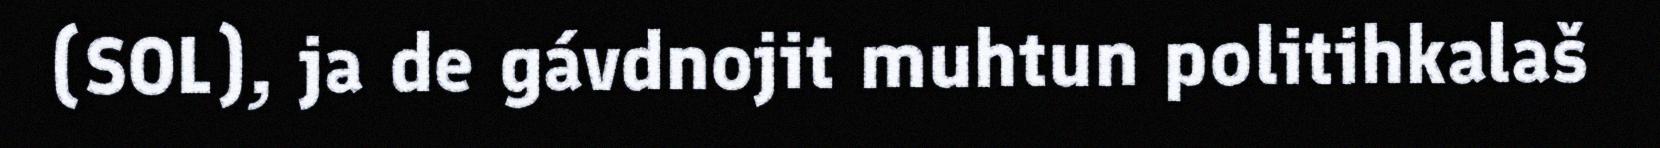
(SOL), ja de gávdnojit muhtun politihkalaš